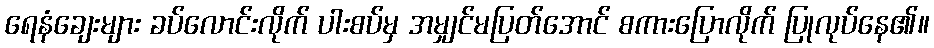
ရေနံချေးများ ခပ်လောင်းလိုက် ပါးစပ်မှ အမျှင်မပြတ်အောင် စကားပြောလိုက် ပြုလုပ်နေ၏။